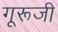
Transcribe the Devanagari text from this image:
गूरूजी